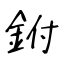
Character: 鉜